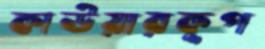
কাউয়ারকূপ